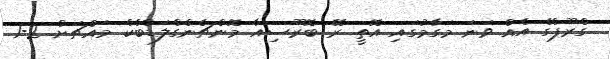
ގްރޫޕްގެ އެއް ވަނަ މަގާމުގައި އޮތީ ރޭ ބޮރޫސިއާ މޮންޗެންގްލަޑްބެކް މައްޗަށް 2-1